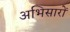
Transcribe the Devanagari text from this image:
अभिसारों